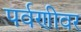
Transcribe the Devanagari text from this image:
पर्वणीवर